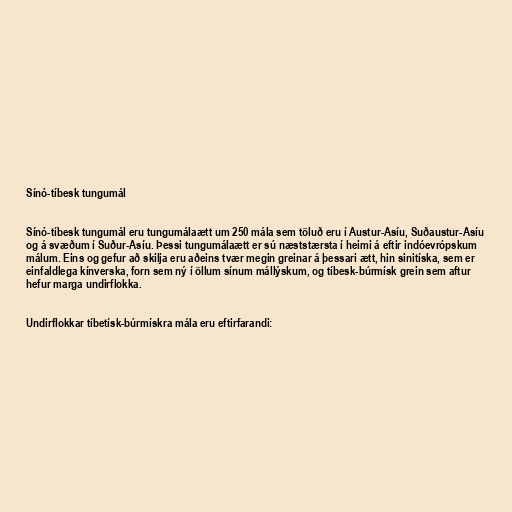
Sínó-tíbesk tungumál

Sínó-tíbesk tungumál eru tungumálaætt um 250 mála sem töluð eru í Austur-Asíu, Suðaustur-Asíu
og á svæðum í Suður-Asíu. Þessi tungumálaætt er sú næststærsta í heimi á eftir indóevrópskum
málum. Eins og gefur að skilja eru aðeins tvær megin greinar á þessari ætt, hin sinitíska, sem er
einfaldlega kínverska, forn sem ný í öllum sínum mállýskum, og tíbesk-búrmísk grein sem aftur
hefur marga undirflokka.

Undirflokkar tíbetísk-búrmískra mála eru eftirfarandi: